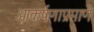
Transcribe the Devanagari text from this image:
आकर्षणाप्रमाणे